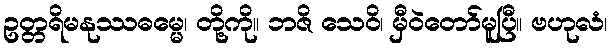
ဥတ္တရိမနုဿဓမ္မေ၊ တို့ကို။ ဘဇိ သေဝိ၊ မှီဝဲတော်မူပြီ။ ဗဟုလံ၊